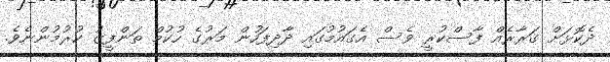
ދެކޮޅަށް ގަރާރެއް ފާސްކުރީ ވެސް އެގައުމުގައި ދާދިފަހުން މަރުގެ ހުކުމް ތަންފީޒު ކުރުމުންނެވެ.